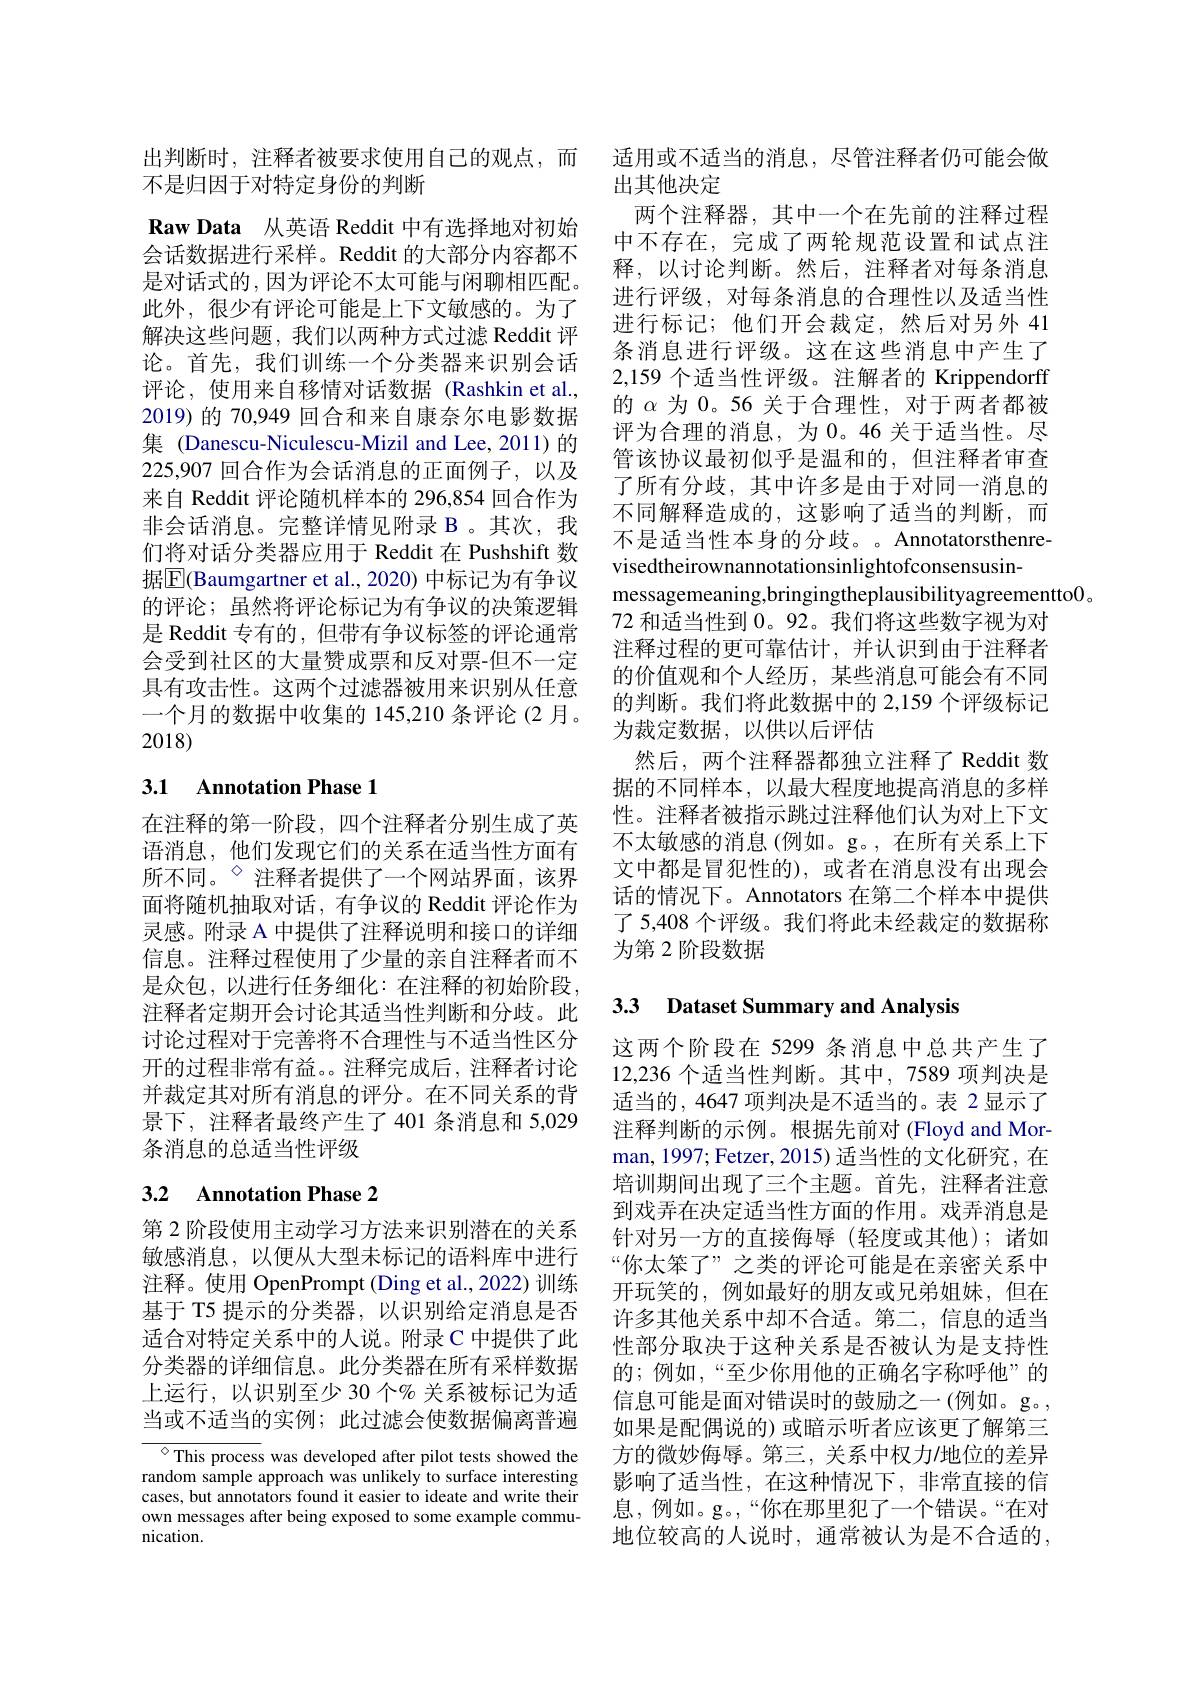
出判断时，注释者被要求使用自己的观点，而
不是归因于对特定身份的判断
Raw Data 从英语 Reddit 中有选择地对初始会话数据进行采样。Reddit 的大部分内容都不是对话式的，因为评论不太可能与闲聊相匹配。此外，很少有评论可能是上下文敏感的。为了解决这些问题，我们以两种方式过滤 Reddit 评论。首先，我们训练一个分类器来识别会话评论，使用来自移情对话数据(Rashkin et al., 2019)的 70,949 回合和来自康奈尔电影数据集 (Danescu-Niculescu-Mizil and Lee, 2011)的225,907 回合作为会话消息的正面例子，以及来自 Reddit 评论随机样本的 296,854 回合作为非会话消息。完整详情见附录 B 。其次，我们将对话分类器应用于 Reddit 在 Pushshift 数据$\boxed{\mathrm{E}}$(Baumgartner et al.,2020) 中标记为有争议的评论；虽然将评论标记为有争议的决策逻辑是 Reddit 专有的，但带有争议标签的评论通常会受到社区的大量赞成票和反对票-但不一定具有攻击性。这两个过滤器被用来识别从任意一个月的数据中收集的 145,210 条评论(2 月。2018)

# 3.1 Annotation Phase 1

在注释的第一阶段，四个注释者分别生成了英语消息，他们发现它们的关系在适当性方面有所不同。$^{\diamond}$注释者提供了一个网站界面，该界面将随机抽取对话，有争议的 Reddit 评论作为灵感。附录 A 中提供了注释说明和接口的详细信息。注释过程使用了少量的亲自注释者而不是众包，以进行任务细化：在注释的初始阶段， 注释者定期开会讨论其适当性判断和分歧。此讨论过程对于完善将不合理性与不适当性区分开的过程非常有益。。注释完成后，注释者讨论并裁定其对所有消息的评分。在不同关系的背景下，注释者最终产生了 401 条消息和 5,029条消息的总适当性评级

# 3.2 Annotation Phase 2

第 2 阶段使用主动学习方法来识别潜在的关系敏感消息，以便从大型未标记的语料库中进行注释。使用 OpenPrompt (Ding et al., 2022) 训练基于 T5 提示的分类器，以识别给定消息是否适合对特定关系中的人说。附录 C 中提供了此分类器的详细信息。此分类器在所有采样数据上运行，以识别至少 30 个% 关系被标记为适当或不适当的实例；此过滤会使数据偏离普遍

${\overset{\circ}{\operatorname*{\operatorname*{\operatorname*{This~process}}}}}$ was developed after pilot tests showed the random sample approach was unlikely to surface interesting cases, but annotators found it easier to ideate and write their own messages after being exposed to some example communication.

适用或不适当的消息，尽管注释者仍可能会做
出其他决定
两个注释器，其中一个在先前的注释过程中不存在，完成了两轮规范设置和试点注释，以讨论判断。然后，注释者对每条消息进行评级，对每条消息的合理性以及适当性进行标记；他们开会裁定，然后对另外 41条消息进行评级。这在这些消息中产生了2,159 个适当性评级。注解者的 Krippendorff 的$\alpha$为 0。56 关于合理性，对于两者都被评为合理的消息，为 0。46 关于适当性。尽管该协议最初似乎是温和的，但注释者审查了所有分歧，其中许多是由于对同一消息的不同解释造成的，这影响了适当的判断，而不是适当性本身的分歧。Annotatorsthenrevisedtheirownannotationsinlightofconsensusin-
messagemeaning,bringingtheplausibilityagreementto0。
72 和适当性到0。92。我们将这些数字视为对注释过程的更可靠估计，并认识到由于注释者的价值观和个人经历，某些消息可能会有不同的判断。我们将此数据中的 2,159 个评级标记为裁定数据，以供以后评估
然后，两个注释器都独立注释了 Reddit 数据的不同样本，以最大程度地提高消息的多样性。注释者被指示跳过注释他们认为对上下文不太敏感的消息(例如。g。,在所有关系上下文中都是冒犯性的),或者在消息没有出现会话的情况下。Annotators 在第二个样本中提供了 5,408 个评级。我们将此未经裁定的数据称为第 2 阶段数据

## 3.3 Dataset Summary and Analysis

这两个阶段在 5299 条消息中总共产生了12,236 个适当性判断。其中，7589 项判决是适当的，4647 项判决是不适当的。表 2 显示了注释判断的示例。根据先前对 (Floyd and Morman, 1997; Fetzer, 2015) 适当性的文化研究，在培训期间出现了三个主题。首先，注释者注意到戏弄在决定适当性方面的作用。戏弄消息是针对另一方的直接侮辱(轻度或其他);诸如“你太笨了”之类的评论可能是在亲密关系中开玩笑的，例如最好的朋友或兄弟姐妹，但在许多其他关系中却不合适。第二，信息的适当性部分取决于这种关系是否被认为是支持性的；例如，“至少你用他的正确名字称呼他”的信息可能是面对错误时的鼓励之一(例如。g。, 如果是配偶说的) 或暗示听者应该更了解第三方的微妙侮辱。第三，关系中权力/地位的差异影响了适当性，在这种情况下，非常直接的信息，例如。g。“你在那里犯了一个错误。“在对地位较高的人说时，通常被认为是不合适的